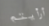
أرأيتم